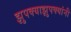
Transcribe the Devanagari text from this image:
झुपक्याझुपक्यांनी